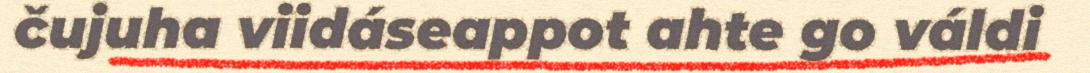
čujuha viidáseappot ahte go váldi